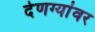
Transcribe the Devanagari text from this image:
देणग्यांवर